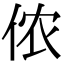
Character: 侬